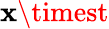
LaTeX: \mathbf{x}\timest